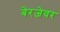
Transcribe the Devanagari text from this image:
बेरजेवर